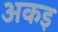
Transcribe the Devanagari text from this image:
अकइ